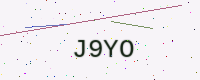
Text: J9YO